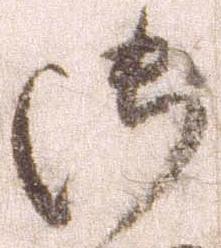
御